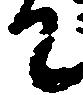
て